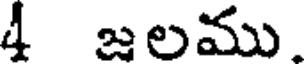
4 జలము.